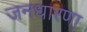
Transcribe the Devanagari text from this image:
जनधारणा